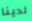
لدينا